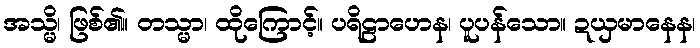
အသ္မိ၊ ဖြစ်၏။ တသ္မာ၊ ထိုကြောင့်။ ပရိဠာဟေန၊ ပူပန်သော။ ဍယှမာနေန၊